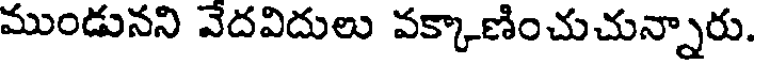
ముండునని వేదవిదులు వక్కాణించుచున్నారు.